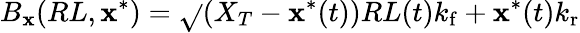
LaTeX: B_{\mathbf{x}}(RL,\mathbf{x}^{*})=\sqrt{}{{(X_{T}-\mathbf{x}^{*}(t))RL(t){k_{\mathrm{{f}}}}+\mathbf{x}^{\ast}(t){k_{\mathrm{{r}}}}}}